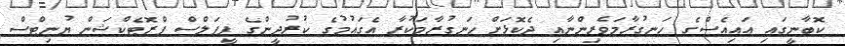
ކޮބާނީގައި އައިއެސްގެ ހަނގުރާމަވެރިންނާއި ދެކޮޅަށް ހަނގުރާމަކުރާ އެގައުމުގެ ކުރުދީންގެ ޕީޕަލްސް ޕްރޮޓެކްޝަން ޔުނިޓްސް